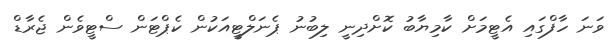
ވަނަ ހާފްގައި އެޓީމަށް ކާމިޔާބު ކޮށްދިނީ ލިބުނު ޕެނަލްޓީއަކުން ކެޕްޓަން ސްޓީވެން ޖެރާޑް